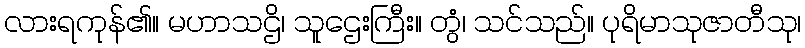
လားရကုန်၏။ မဟာသဌိ၊ သူဌေးကြီး။ တွံ၊ သင်သည်။ ပုရိမာသုဇာတီသု၊